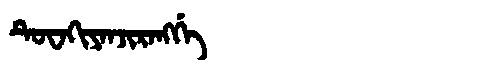
Manchu: ᡨᡠᠸᠠᡴᡳᠶᠠᠨᠵᡳᡵᠠᠩᡤᡝ
Romanization: TUWAKIYANJIRANGGE